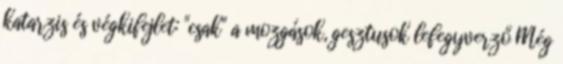
katarzis és végkifejlet: "csak" a mozgások, gesztusok lefegyverző Még